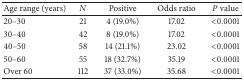
<table><thead><tr><td><b>Age range (years)</b></td><td><b><i>N</i></b></td><td><b>Positive</b></td><td><b>Odds ratio</b></td><td><b><i>P</i> value</b></td></tr></thead><tbody><tr><td>20–30</td><td>21</td><td>4 (19.0%)</td><td>17.02</td><td>&lt;0.0001</td></tr><tr><td>30–40</td><td>42</td><td>8 (19.0%)</td><td>17.02</td><td>&lt;0.0001</td></tr><tr><td>40–50</td><td>58</td><td>14 (21.1%)</td><td>23.02</td><td>&lt;0.0001</td></tr><tr><td>50–60</td><td>55</td><td>18 (32.7%)</td><td>35.19</td><td>&lt;0.0001</td></tr><tr><td>Over 60</td><td>112</td><td>37 (33.0%)</td><td>35.68</td><td>&lt;0.0001</td></tr></tbody></table>